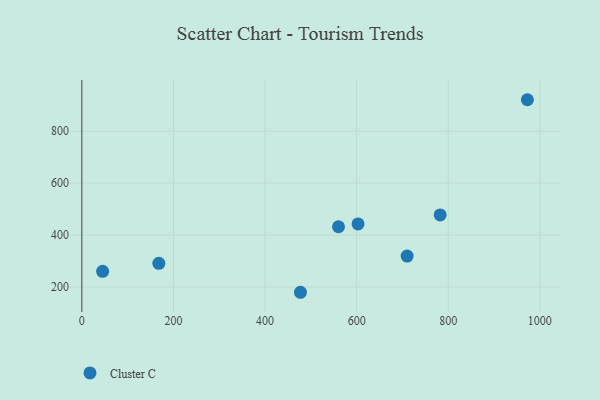
{"axis": {"x": "Engine Size", "y": "Sales"}, "legend": ["Cluster C"], "data": [{"x": "710.2", "y": 319.1, "type": "Cluster C"}, {"x": "168.1", "y": 291.5, "type": "Cluster C"}, {"x": "972.8", "y": 921.2, "type": "Cluster C"}, {"x": "603.1", "y": 443.1, "type": "Cluster C"}, {"x": "477.3", "y": 179.9, "type": "Cluster C"}, {"x": "45.4", "y": 260.5, "type": "Cluster C"}, {"x": "560.4", "y": 432.2, "type": "Cluster C"}, {"x": "782.4", "y": 477.6, "type": "Cluster C"}]}